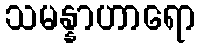
သမန္နာဟာရော